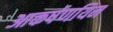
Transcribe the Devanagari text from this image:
आकर्षणयिम